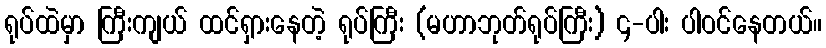
ရုပ်ထဲမှာ ကြီးကျယ် ထင်ရှားနေတဲ့ ရုပ်ကြီး (မဟာဘုတ်ရုပ်ကြီး) ၄-ပါး ပါဝင်နေတယ်။